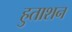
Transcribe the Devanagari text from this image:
हुताशन